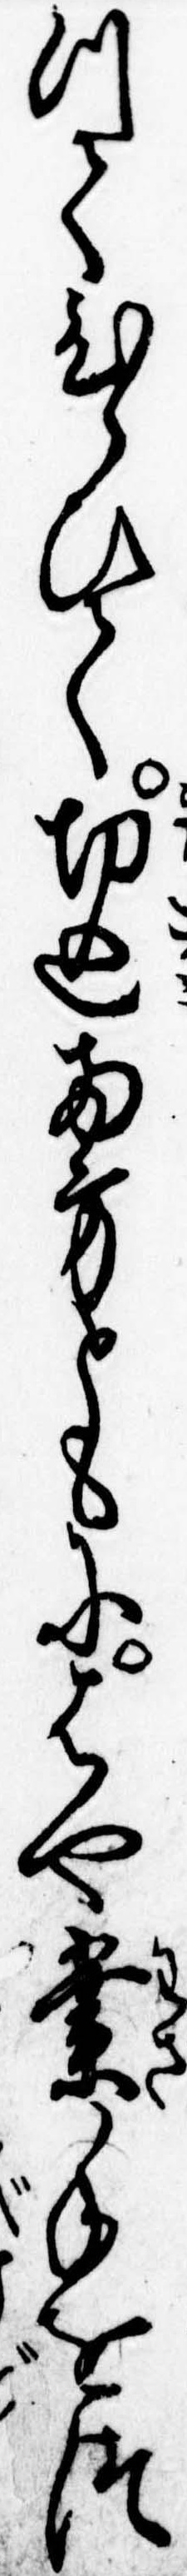
つてひらひて切込両方ともにはや業手をつ